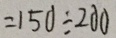
= 1 5 0 \div 2 0 0